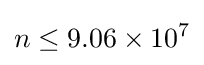
n\leq 9.06\times 10^{7}